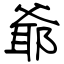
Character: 爺